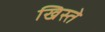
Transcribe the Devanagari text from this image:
खिस्ते